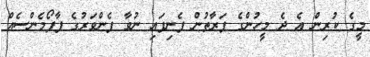
މީގެ ކުރިން އެ ދެ މީހުންގެ ފަރާތުން ފެނިފައި ނުވާ ފެންވަރުގެ ޕާފޯމެންސެއް